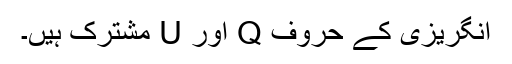
انگریزی کے حروف Q اور U مشترک ہیں۔